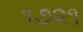
૧૭૨૧